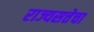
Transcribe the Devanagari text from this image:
राज्यसत्तेचा